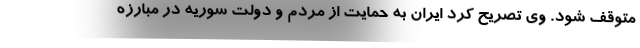
متوقف شود. وی تصریح کرد ایران به حمایت از مردم و دولت سوریه در مبارزه